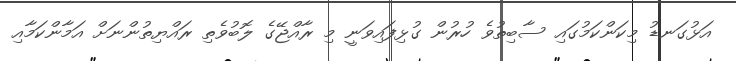
އަޅުގަނޑު މިކަންކަމުގައި ސާބިތުވެ ހުރުން ގުޅިފައިވަނީ މި ރާއްޖޭގެ ލޮބުވެތި ރައްޔިތުންނަށް އަމާންކަމާއި